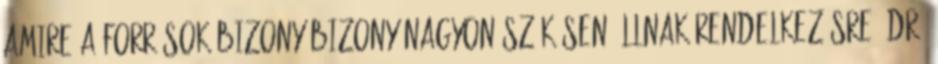
Amire a források bizony-bizony nagyon szűkösen állnak rendelkezésre. Dr.